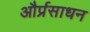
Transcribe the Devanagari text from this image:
और्प्रसाधन